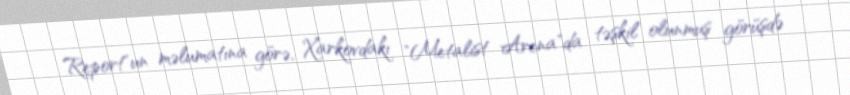
Report"un məlumatına görə, Xarkovdakı "Metalist Arena"da təşkil olunmuş görüşdə